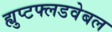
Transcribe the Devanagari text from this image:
ह्युप्टफ्लडवेबल